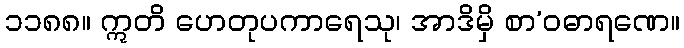
၁၁၈၈။ ဣတိ ဟေတုပကာရေသု၊ အာဒိမှိ စာ’ဝဓာရဏေ။